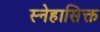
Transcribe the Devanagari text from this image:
स्नेहासिक्त